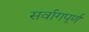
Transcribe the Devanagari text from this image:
सर्वागपूर्ण